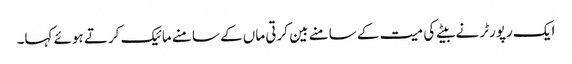
ایک رپورٹر نے بیٹے کی میت کے سامنے بین کرتی ماں کے سامنے مائیک کرتے ہوئے کہا۔